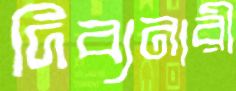
দিব্যনারী